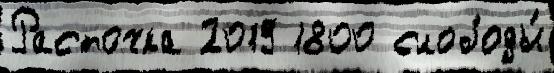
Расточка 2019 1800 слободы́